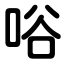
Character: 唂